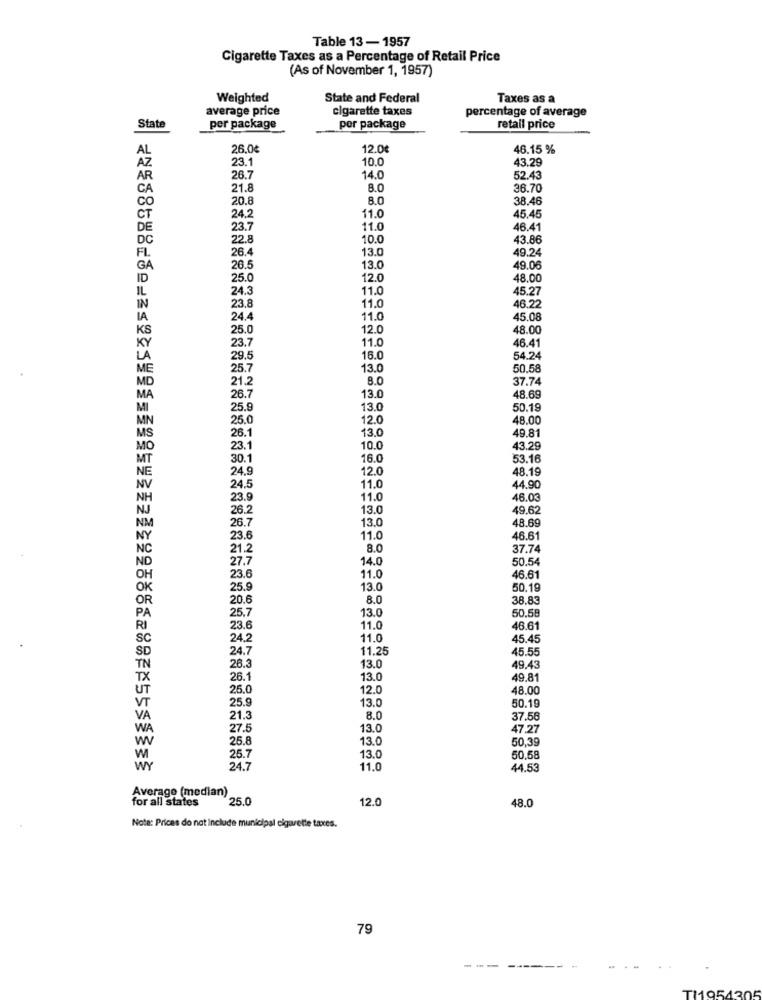
Table 13-1957
Cigarette Taxes as a Percentage of Retail Price
(As of November 1, 1957)
Weighted
State and Federal
Taxes as a
average price
cigarette taxes
percentage of average
State
per package
per package
retail price
AL
26.0€
12.0€
46.15 %
23.1
10.0
43.29
AZ
AR
26.
14.0
52.43
CA
21.8
8.0
36.70
CO
20.8
8.0
38.46
CT
24.2
11.0
45.45
DE
23.7
11.0
46.41
DC
22.8
10.0
43.86
26.4
13.0
49.24
FL
GA
26.5
13.0
49.06
25.0
12.0
48.00
24.
11.0
45.27
11.0
46.22
23.
24.4
11.0
45.08
25.0
12.0
48.00
11.0
23.7
46.41
29.5
16.0
54.24
25.7
13.0
50.58
21.2
8.0
37.74
26.7
13.0
48.69
25.9
13.0
50.19
25.0
12.0
48.00
13.0
26.1
49.81
23.1
10.0
43.29
30.
16.0
53.16
24.9
12.0
48.19
24.5
11.0
44.90
23.9
11.0
46.03
26.2
13.0
49.62
13.0
48.69
26.7
23.6
11.0
46.61
NC
21.2
8.0
37.74
ND
27.7
14.0
50.54
OH
11.0
23.6
46.61
OK
25.9
13.0
50.19
OR
20.6
8.0
38.83
PA
25.7
13.0
50.5
RI
23.6
11.0
46.61
SC
24.2
11.0
45.45
SD
24.7
11.25
45.55
13.0
TN
26.3
49.43
TX
26.1
13.0
49.8
UT
25.
12.0
48.00
VT
25.9
13.0
50.19
VA
21.3
8.0
37.58
WA
27.5
13.0
47.27
W
25.8
13.0
50,39
25.7
13.0
50,58
WY
24.7
11.0
44.53
Average (median)
for all states
25.0
12.0
48.0
Nota: Prices do not Include municipal cigarette taxes.
79
---------